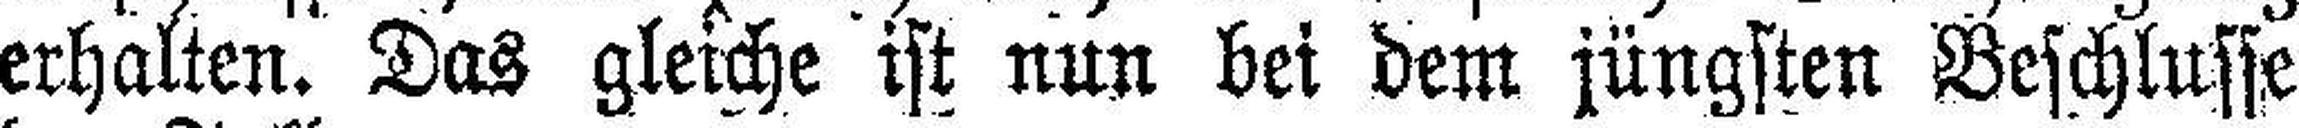
erhalten. Das gleiche ist nun bei dem jüngsten Beschlusse